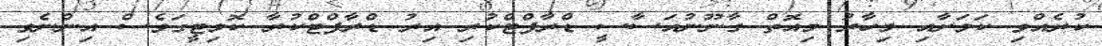
ކުރެއްވި ކަމަށާއި މިހާރު މިއޮތް ގާނޫނުއަސާސީ ޑްރާފްޓްކުރި އިރު ޑްރާފްޓްކުރާ ކޮމިޓީގަވެސް އިންނެވި